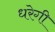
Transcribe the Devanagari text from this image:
धरेगी